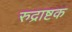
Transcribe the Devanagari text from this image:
रुद्राष्टक